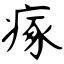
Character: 瘃